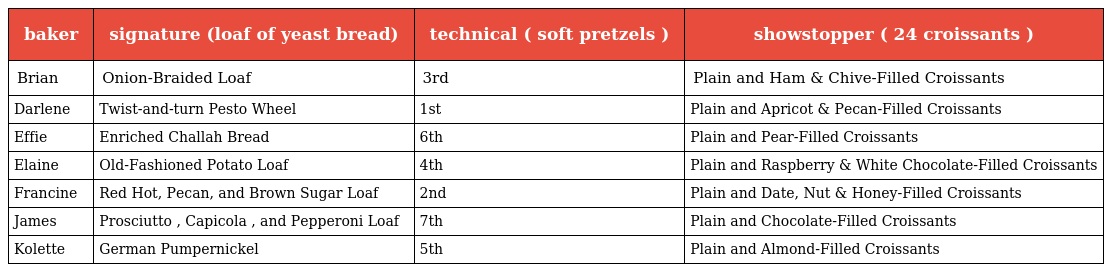
| baker | signature (loaf of yeast bread) | technical ( soft pretzels ) | showstopper ( 24 croissants ) |
 | --- | --- | --- | --- |
 | Brian | Onion-Braided Loaf | 3rd | Plain and Ham & Chive-Filled Croissants |
 | Darlene | Twist-and-turn Pesto Wheel | 1st | Plain and Apricot & Pecan-Filled Croissants |
 | Effie | Enriched Challah Bread | 6th | Plain and Pear-Filled Croissants |
 | Elaine | Old-Fashioned Potato Loaf | 4th | Plain and Raspberry & White Chocolate-Filled Croissants |
 | Francine | Red Hot, Pecan, and Brown Sugar Loaf | 2nd | Plain and Date, Nut & Honey-Filled Croissants |
 | James | Prosciutto , Capicola , and Pepperoni Loaf | 7th | Plain and Chocolate-Filled Croissants |
 | Kolette | German Pumpernickel | 5th | Plain and Almond-Filled Croissants |